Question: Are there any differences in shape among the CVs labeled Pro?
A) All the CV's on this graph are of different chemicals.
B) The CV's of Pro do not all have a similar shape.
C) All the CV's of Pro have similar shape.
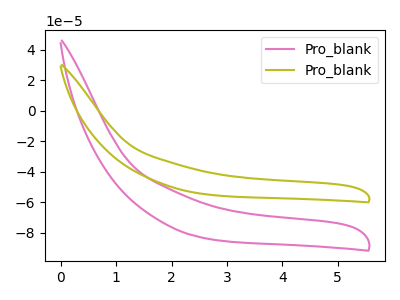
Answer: <think>The pink curve "Pro_blank1" has no peaks. The olive curve "Pro_blank2" has no peaks.
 Neither "Pro_blank1" or "Pro_blank2" have any peaks.</think>
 <answer>C) All the CV's of "Pro" have similar shape.</answer>
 <eval>C</eval>